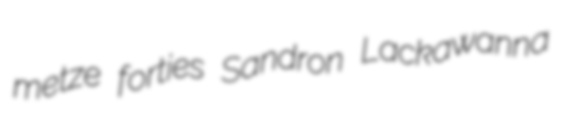
metze forties Sandron Lackawanna